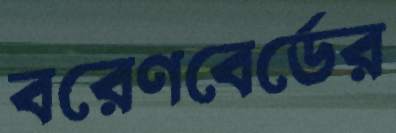
বরেণবের্ডের